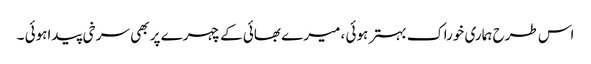
اس طرح ہماری خوراک بہتر ہوئی ، میرے بھائی کے چہرے پر بھی سرخی پیداہوئی ۔